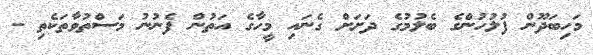
މަހިބަދޫން ފުލުހުންގެ ބެލުމުގެ ދަށަށް ގެނައި މީހާގެ އަތުން ފެނުނު މަސްތުވާތަކެތި -